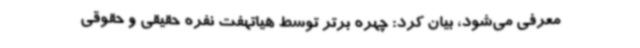
معرفی می‌شود، بیان کرد: چهره برتر توسط هیاتهفت نفره حقیقی و حقوقی